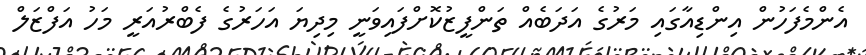
އެންމެފަހުން އިންޑިއާގައި މަރުގެ އަދަބެއް ތަންފީޒުކޮށްފައިވަނީ މިދިޔަ އަހަރުގެ ފެބްރުއަރީ މަހު އަފްޒަލް